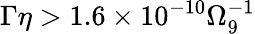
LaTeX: \Gamma\eta>1.6\times 10^{-10}\Omega_{9}^{-1}